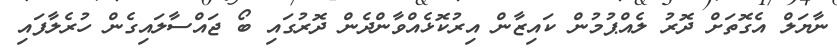
ނާޔަލް އެގޮތަށް ދޮރު ލެއްޕުމުން ކައިޒާން އިރުކޮޅެއްވާންދެން ދޮރުގައި ބޯ ޖައްސާލައިގެން ހުރެލާފައި